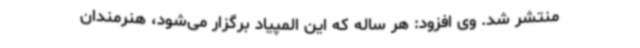
منتشر شد. وی افزود: هر ساله که این المپیاد برگزار می‌شود، هنرمندان